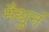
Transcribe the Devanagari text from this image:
मैथुनं